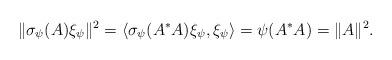
LaTeX: \begin{align*}\|\sigma_\psi(A)\xi_\psi\|^2=\langle \sigma_\psi(A^*A)\xi_\psi,\xi_\psi \rangle=\psi(A^*A)=\|A\|^2.\end{align*}